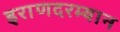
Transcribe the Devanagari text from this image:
इराणदरम्यान